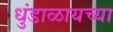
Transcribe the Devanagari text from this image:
धुंडाळायच्या